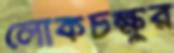
লোকচক্ষুর